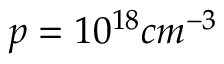
p = 1 0 ^ { 1 8 } c m ^ { - 3 }